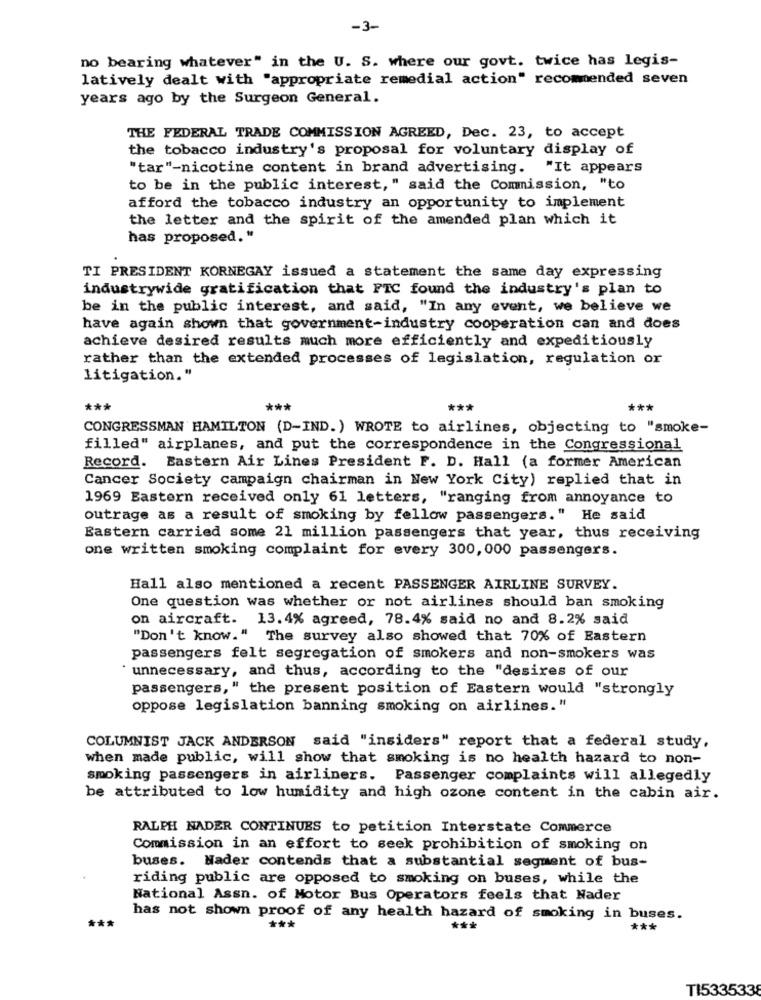
-3-
no bearing whatever" in the U. S. where our govt. twice has legis-
latively dealt with "appropriate remedial action" recommended seven
years ago by the Surgeon General.
THE FEDERAL TRADE COMMISSION AGREED, Dec. 23, to accept
the tobacco industry's proposal for voluntary display of
"tar"-nicotine content in brand advertising. "It appears
to be in the public interest, " said the Commission, "to
afford the tobacco industry an opportunity to implement
the letter and the spirit of the amended plan which it
has proposed."
TI PRESIDENT KORNEGAY issued a statement the same day expressing
industrywide gratification that FTC found the industry's plan to
be in the public interest, and said, "In any event, we believe we
have again shown that government-industry cooperation can and does
achieve desired results much more efficiently and expeditiously
rather than the extended processes of legislation, regulation or
litigation."
***
***
***
CONGRESSMAN HAMILTON (D-IND.) WROTE to airlines, objecting to "smoke-
filled" airplanes, and put the correspondence in the Congressional
Record. Eastern Air Lines President F. D. Hall (a former American
Cancer Society campaign chairman in New York City) replied that in
1969 Eastern received only 61 letters, "ranging from annoyance to
outrage as a result of smoking by fellow passengers." He said
Eastern carried some 21 million passengers that year, thus receiving
one written smoking complaint for every 300, 000 passengers.
Hall also mentioned a recent PASSENGER AIRLINE SURVEY.
One question was whether or not airlines should ban smoking
on aircraft. 13.4% agreed, 78.4% said no and 8.2% said
"Don't know." The survey also showed that 70% of Eastern
passengers felt segregation of smokers and non-smokers was
` unnecessary, and thus, according to the "desires of our
passengers, " the present position of Eastern would "strongly
oppose legislation banning smoking on airlines."
COLUMNIST JACK ANDERSON said "insiders" report that a federal study,
when made public, will show that smoking is no health hazard to non-
smoking passengers in airliners. Passenger complaints will allegedly
be attributed to low humidity and high ozone content in the cabin air.
RALPH NADER CONTINUES to petition Interstate Commerce
Commission in an effort to seek prohibition of smoking on
buses. Nader contends that a substantial segment of bus-
riding public are opposed to smoking on buses, while the
National Assn. of Motor Bus Operators feels that Nader
has not shown proof of any health hazard of smoking in buses.
***
***
***
***
TI533533